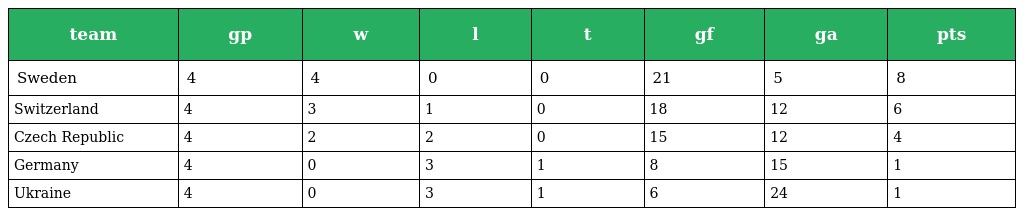
| team | gp | w | l | t | gf | ga | pts |
 | --- | --- | --- | --- | --- | --- | --- | --- |
 | Sweden | 4 | 4 | 0 | 0 | 21 | 5 | 8 |
 | Switzerland | 4 | 3 | 1 | 0 | 18 | 12 | 6 |
 | Czech Republic | 4 | 2 | 2 | 0 | 15 | 12 | 4 |
 | Germany | 4 | 0 | 3 | 1 | 8 | 15 | 1 |
 | Ukraine | 4 | 0 | 3 | 1 | 6 | 24 | 1 |